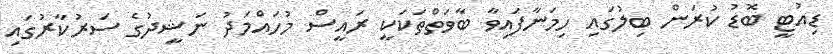
ޑިއުޓީ ބޮޑު ކުރަން ބިލުގައި ހިމަނާފައިވާ ބާވަތްތަކަކީ ރައީސް މުހައްމަދު ނަޝީދުގެ ސަރުކާރުގައި